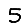
Digit: 5